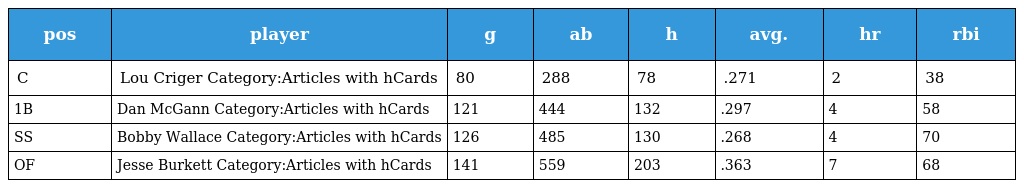
| pos | player | g | ab | h | avg. | hr | rbi |
 | --- | --- | --- | --- | --- | --- | --- | --- |
 | C | Lou Criger Category:Articles with hCards | 80 | 288 | 78 | .271 | 2 | 38 |
 | 1B | Dan McGann Category:Articles with hCards | 121 | 444 | 132 | .297 | 4 | 58 |
 | SS | Bobby Wallace Category:Articles with hCards | 126 | 485 | 130 | .268 | 4 | 70 |
 | OF | Jesse Burkett Category:Articles with hCards | 141 | 559 | 203 | .363 | 7 | 68 |